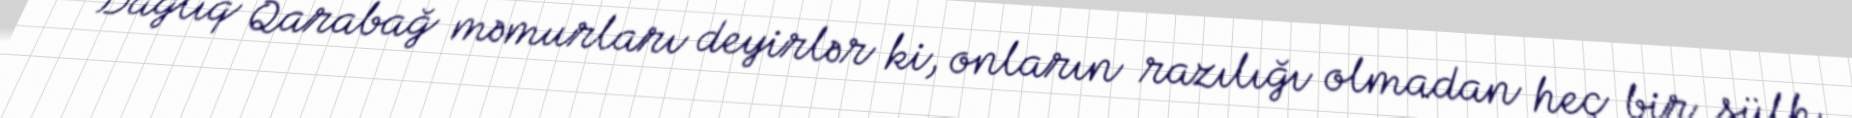
“Dağlıq Qarabağ məmurları deyirlər ki, onların razılığı olmadan heç bir sülh